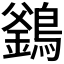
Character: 𪄇